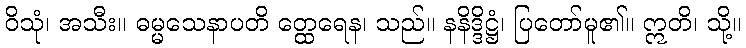
ဝိသုံ၊ အသီး။ ဓမ္မသေနာပတိ တ္ထေရေန၊ သည်။ နနိဒ္ဒိဋ္ဌံ၊ ပြတော်မူ၏။ ဣတိ၊ သို့။